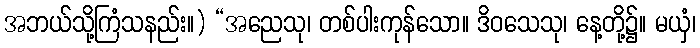
အဘယ်သို့ကြံသနည်း။) “အညေသု၊ တစ်ပါးကုန်သော။ ဒိဝသေသု၊ နေ့တို့၌။ မယှံ၊